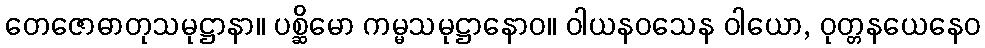
တေဇောဓာတုသမုဋ္ဌာနာ။ ပစ္ဆိမော ကမ္မသမုဋ္ဌာနောဝ။ ဝါယနဝသေန ဝါယော, ဝုတ္တနယေနေဝ